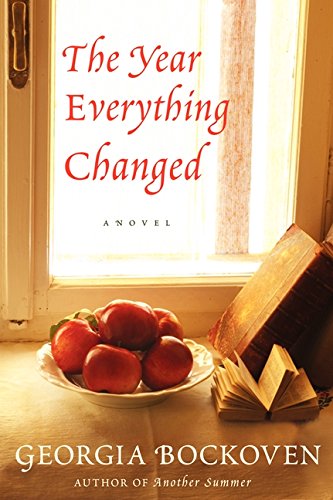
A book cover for The Year Everything Changed: A Novel; Georgia Bockoven; Literature & Fiction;